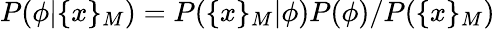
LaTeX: P(\phi|\{ x\} _{M})=P(\{ x\} _{M}|\phi)P(\phi)/P(\{ x\} _{M})